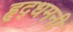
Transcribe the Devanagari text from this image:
हृद्‌धमनी